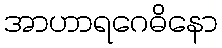
အာဟာရဂေဓိနော